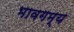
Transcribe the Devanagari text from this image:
भावगम्य